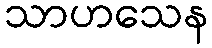
သာဟသေန